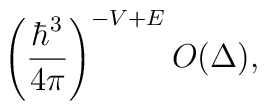
\left({\hbar^3\over 4\pi}  \right)^{-V+E} O(\Delta),